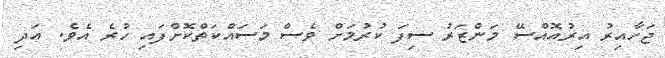
ޖަހާއިރު އިރުއޮއްސޭ މަންޒަރު ސިފަ ކުރުމަށް ވެސް މަސައްކަތްކޮށްފައި ހުރެ އެވެ. އަދި